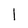
Character: I